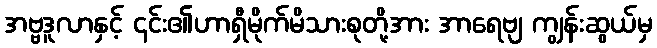
အဗ္ဗဒူလာနှင့် ၎င်း၏ဟာရှီမိုက်မိသားစုတို့အား အာရေဗျ ကျွန်းဆွယ်မှ